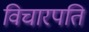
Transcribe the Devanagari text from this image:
विचारपति